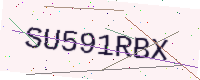
Text: SU591RBX